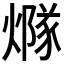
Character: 𤏢